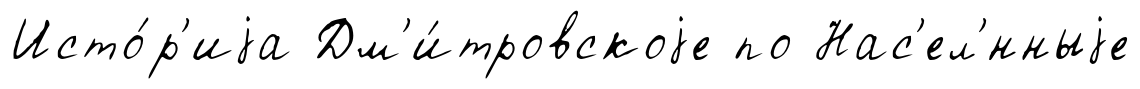
Исто́р'иjа Дм'и́тровскоjе по Нас'ел'́нныjе